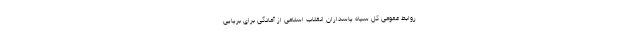
روابط عمومی کل سپاه پاسداران انقلاب اسلامی از آمادگی برای برپایی